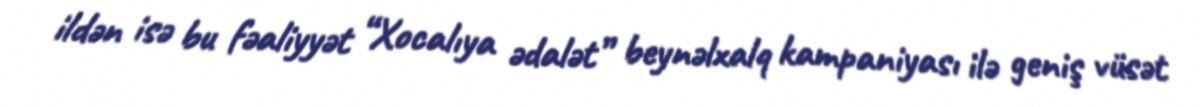
ildən isə bu fəaliyyət “Xocalıya ədalət” beynəlxalq kampaniyası ilə geniş vüsət